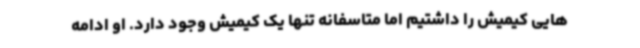
هایی کیمیش را داشتیم اما متاسفانه تنها یک کیمیش وجود دارد. او ادامه